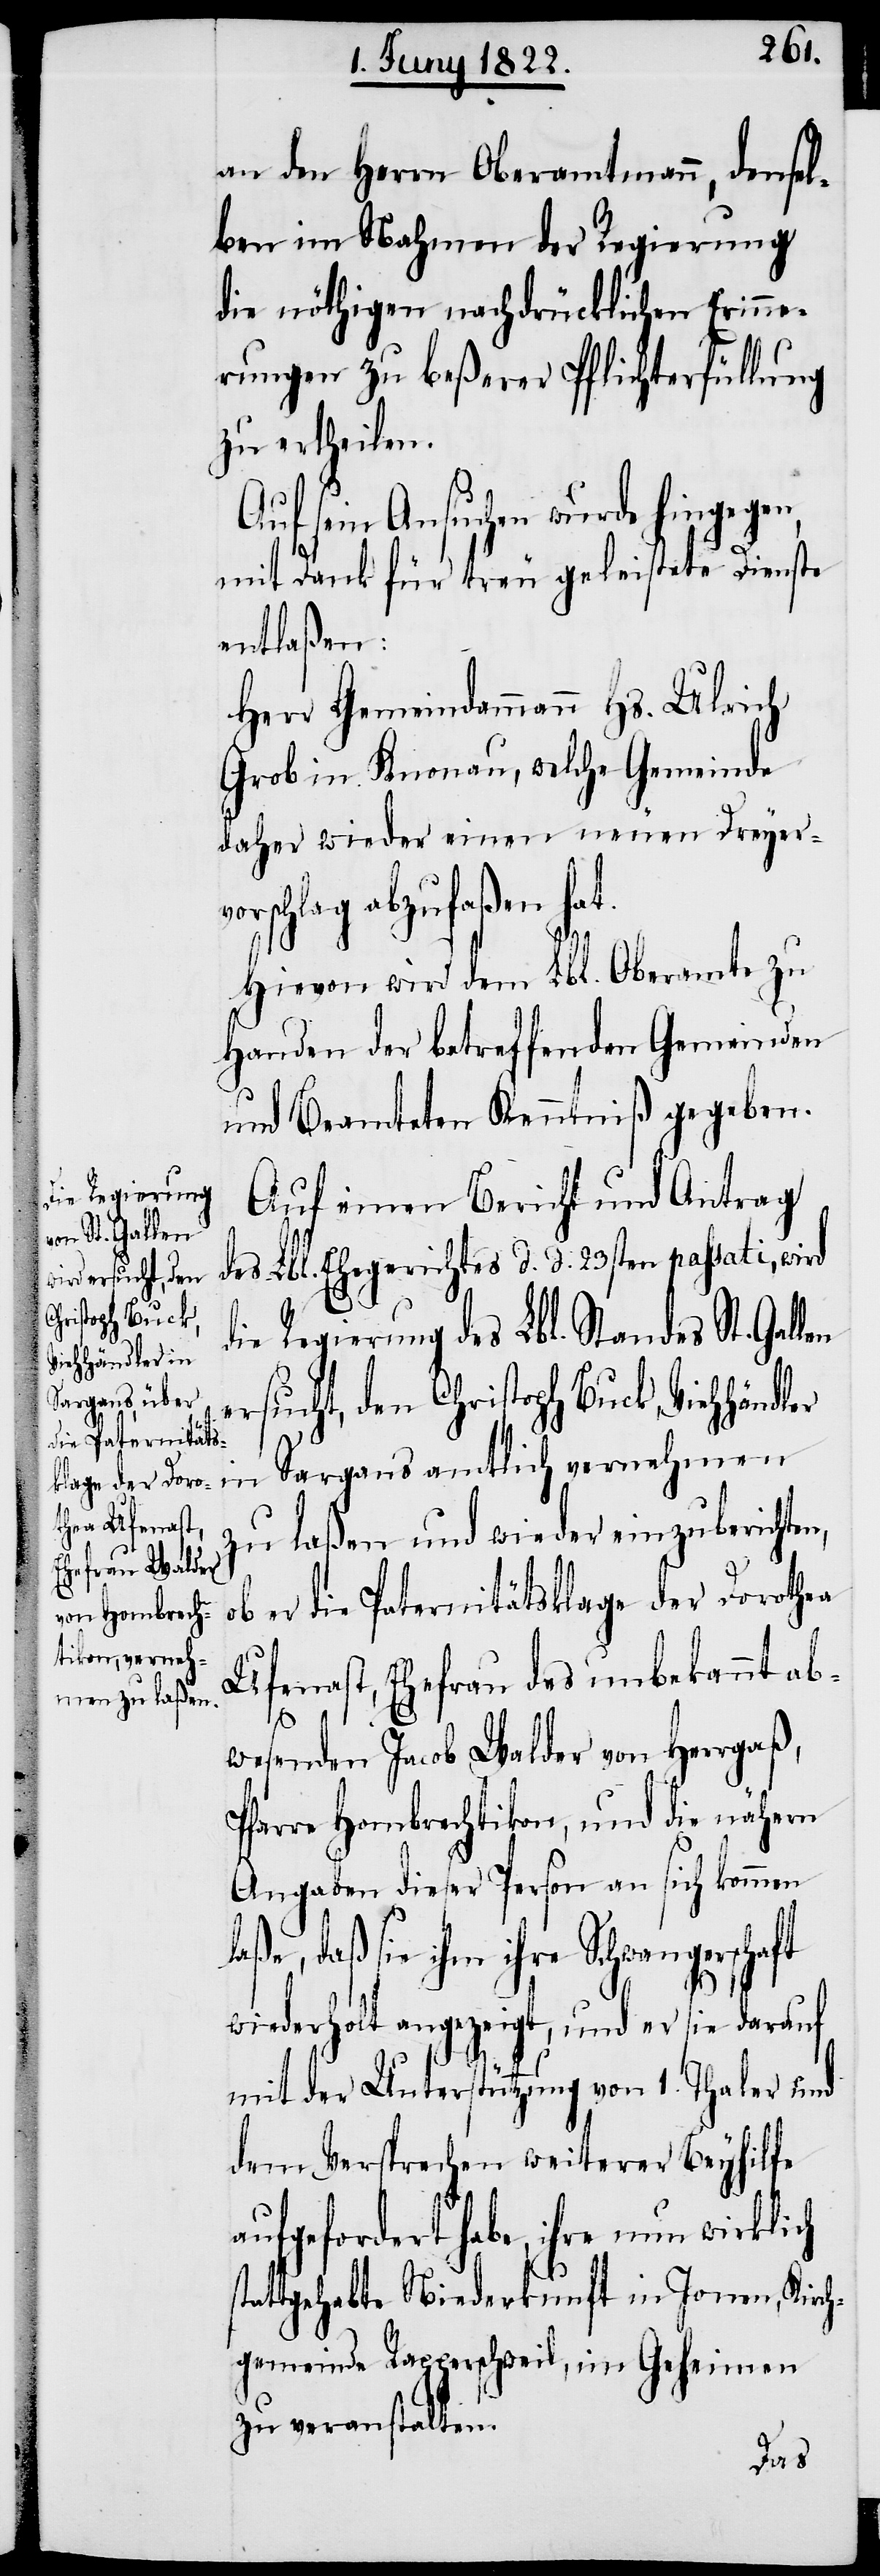
at.
an den Herrn Oberamtmann, densel¬
ben im Nahmen der Regierung
die nöthigen nachdrücklichen Erinne¬
rungen zu beßerer Pflichterfüllung
zu ertheilen.
Auf sein Ansuchen wurde hingegen,
mit Dank für treu geleistete Dienste
entlaßen:
Herr Gemeindammann Hs. Ulrich
Grob in Knonau, welche Gemeinde
daher wieder einen neuen Dreyervo¬
rschlag abzufaßen h¬
Hievon wird dem Lbl. Oberamte zu
Handen der betreffenden Gemeinden
und Beamteten Kenntniß gegeben.
Auf einen Bericht und Antrag
des Lbl. Ehegerichtes d. d. 23sten passati, wird
ersucht, den
Christoph Buck,
die Regierung des Lbl. Standes St. Gallen
Viehhändler in
ch
Sargans amtlich vernehmen
zu laßen und wieder einzubericht¬
ob er die Paternitätsklage der Dorothea
Ufenast, Ehefrau des unbekannt ab¬
wesenden Jacob Walder von Herrgaß,
Pfarre Hombrechtikon, und die nähern
Angaben dieser Person an sich kommen
daß sie ihm ihre Schwangerschaft
wiederholt angezeigt, und er sie darauf
mit der Unterstützung von 1. Thaler und
dem Versprechen weiterer Beyhilfe
aufgefordert habe, ihre nun wirkli¬
stattgehabte Niederkunft in Jonen, Kirc¬
hgemeinde Rapperschweil, im Geheimen
zu veranstalten.